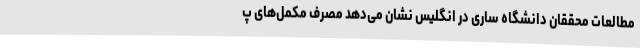
مطالعات محققان دانشگاه ساری در انگلیس نشان می‌دهد مصرف مکمل‌های پ